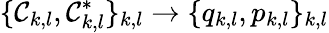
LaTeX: \{ \mathcal{C}_{k,l},\mathcal{C}_{k,l}^{*}\} _{k,l}\to\{ q_{k,l},p_{k,l}\} _{k,l}